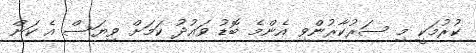
ކުރުމަކީ މި ސަރުކާރުންވި އެންމެ ބޮޑު ވައުދު ކަމަށް ވިޔަސް އެ ކަން